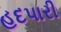
હદપારી